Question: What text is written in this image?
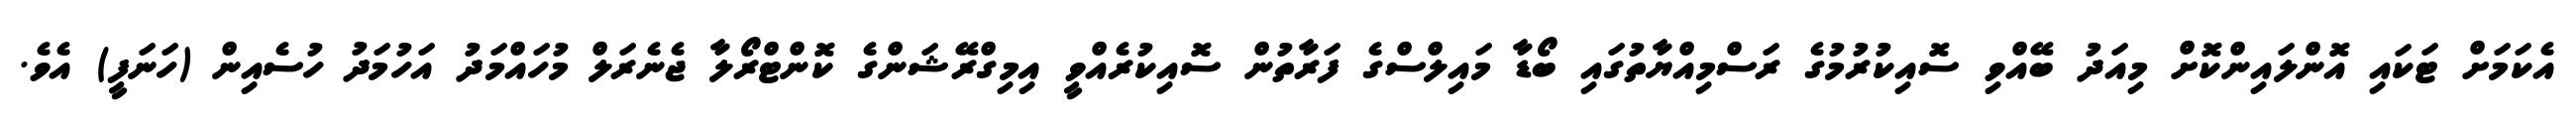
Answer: އެކަމަށް ޓަކައި އޮންލައިންކޮށް މިއަދު ބޭއްވި ސޮއިކުރުމުގެ ރަސްމިއްޔާތުގައި ބޯޑާ މައިލްސްގެ ފަރާތުން ސޮއިކުރެއްވީ އިމިގްރޭޝަންގެ ކޮންޓްރޯލާ ޖެނެރަލް މުހައްމަދު އަހުމަދު ހުސެއިން (ހަނަފީ) އެވެ.